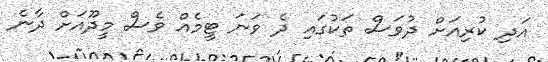
އަދި ކުރިއަށް ދުވަސް ތަކުގައި ދެ ވަނަ ޓީމެއް ވެސް މީދޫއަށް ދާނެ